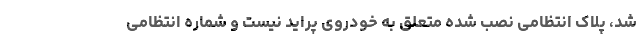
شد، پلاک انتظامی نصب شده متعلق به خودروی پراید نیست و شماره انتظامی